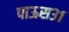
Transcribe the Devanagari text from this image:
पाऊस३१